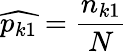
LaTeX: {\widehat{p_{k1}}}={\frac{n_{k1}}{N}}